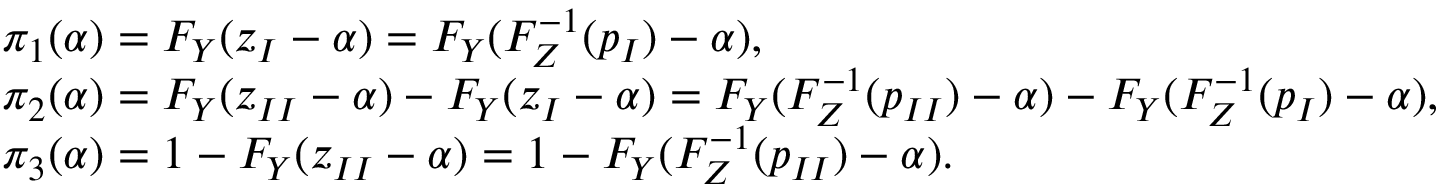
\begin{array} { r l } & { { \pi } _ { 1 } ( \alpha ) = F _ { Y } ( z _ { I } - \alpha ) = F _ { Y } ( F _ { Z } ^ { - 1 } ( p _ { I } ) - \alpha ) , } \\ & { { \pi } _ { 2 } ( \alpha ) = F _ { Y } ( z _ { I I } - \alpha ) - F _ { Y } ( z _ { I } - \alpha ) = F _ { Y } ( F _ { Z } ^ { - 1 } ( p _ { I I } ) - \alpha ) - F _ { Y } ( F _ { Z } ^ { - 1 } ( p _ { I } ) - \alpha ) , } \\ & { { \pi } _ { 3 } ( \alpha ) = 1 - F _ { Y } ( z _ { I I } - \alpha ) = 1 - F _ { Y } ( F _ { Z } ^ { - 1 } ( p _ { I I } ) - \alpha ) . } \end{array}